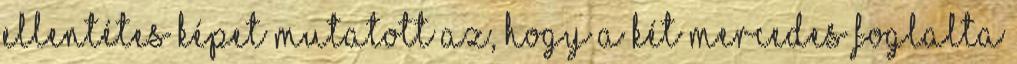
ellentétes képet mutatott az, hogy a két Mercedes foglalta